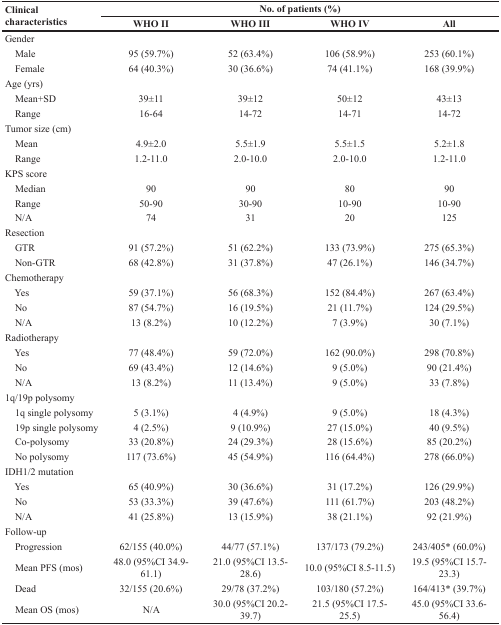
<table><thead><tr><td rowspan="2"><b>Clinical characteristics</b></td><td colspan="4"><b>No. of patients (%)</b></td></tr><tr><td><b>WHO II</b></td><td><b>WHO III</b></td><td><b>WHO IV</b></td><td><b>All</b></td></tr></thead><tbody><tr><td>Gender</td><td></td><td></td><td></td><td></td></tr><tr><td> Male</td><td>95 (59.7%)</td><td>52 (63.4%)</td><td>106 (58.9%)</td><td>253 (60.1%)</td></tr><tr><td> Female</td><td>64 (40.3%)</td><td>30 (36.6%)</td><td>74 (41.1%)</td><td>168 (39.9%)</td></tr><tr><td>Age (yrs)</td><td></td><td></td><td></td><td></td></tr><tr><td> Mean+SD</td><td>39±11</td><td>39±12</td><td>50±12</td><td>43±13</td></tr><tr><td> Range</td><td>16-64</td><td>14-72</td><td>14-71</td><td>14-72</td></tr><tr><td>Tumor size (cm)</td><td></td><td></td><td></td><td></td></tr><tr><td> Mean</td><td>4.9±2.0</td><td>5.5±1.9</td><td>5.5±1.5</td><td>5.2±1.8</td></tr><tr><td> Range</td><td>1.2-11.0</td><td>2.0-10.0</td><td>2.0-10.0</td><td>1.2-11.0</td></tr><tr><td>KPS score</td><td></td><td></td><td></td><td></td></tr><tr><td> Median</td><td>90</td><td>90</td><td>80</td><td>90</td></tr><tr><td> Range</td><td>50-90</td><td>30-90</td><td>10-90</td><td>10-90</td></tr><tr><td> N/A</td><td>74</td><td>31</td><td>20</td><td>125</td></tr><tr><td>Resection</td><td></td><td></td><td></td><td></td></tr><tr><td> GTR</td><td>91 (57.2%)</td><td>51 (62.2%)</td><td>133 (73.9%)</td><td>275 (65.3%)</td></tr><tr><td> Non-GTR</td><td>68 (42.8%)</td><td>31 (37.8%)</td><td>47 (26.1%)</td><td>146 (34.7%)</td></tr><tr><td>Chemotherapy</td><td></td><td></td><td></td><td></td></tr><tr><td> Yes</td><td>59 (37.1%)</td><td>56 (68.3%)</td><td>152 (84.4%)</td><td>267 (63.4%)</td></tr><tr><td> No</td><td>87 (54.7%)</td><td>16 (19.5%)</td><td>21 (11.7%)</td><td>124 (29.5%)</td></tr><tr><td> N/A</td><td>13 (8.2%)</td><td>10 (12.2%)</td><td>7 (3.9%)</td><td>30 (7.1%)</td></tr><tr><td>Radiotherapy</td><td></td><td></td><td></td><td></td></tr><tr><td> Yes</td><td>77 (48.4%)</td><td>59 (72.0%)</td><td>162 (90.0%)</td><td>298 (70.8%)</td></tr><tr><td> No</td><td>69 (43.4%)</td><td>12 (14.6%)</td><td>9 (5.0%)</td><td>90 (21.4%)</td></tr><tr><td> N/A</td><td>13 (8.2%)</td><td>11 (13.4%)</td><td>9 (5.0%)</td><td>33 (7.8%)</td></tr><tr><td>1q/19p polysomy</td><td></td><td></td><td></td><td></td></tr><tr><td> 1q single polysomy</td><td>5 (3.1%)</td><td>4 (4.9%)</td><td>9 (5.0%)</td><td>18 (4.3%)</td></tr><tr><td> 19p single polysomy</td><td>4 (2.5%)</td><td>9 (10.9%)</td><td>27 (15.0%)</td><td>40 (9.5%)</td></tr><tr><td> Co-polysomy</td><td>33 (20.8%)</td><td>24 (29.3%)</td><td>28 (15.6%)</td><td>85 (20.2%)</td></tr><tr><td> No polysomy</td><td>117 (73.6%)</td><td>45 (54.9%)</td><td>116 (64.4%)</td><td>278 (66.0%)</td></tr><tr><td>IDH1/2 mutation</td><td></td><td></td><td></td><td></td></tr><tr><td> Yes</td><td>65 (40.9%)</td><td>30 (36.6%)</td><td>31 (17.2%)</td><td>126 (29.9%)</td></tr><tr><td> No</td><td>53 (33.3%)</td><td>39 (47.6%)</td><td>111 (61.7%)</td><td>203 (48.2%)</td></tr><tr><td> N/A</td><td>41 (25.8%)</td><td>13 (15.9%)</td><td>38 (21.1%)</td><td>92 (21.9%)</td></tr><tr><td>Follow-up</td><td></td><td></td><td></td><td></td></tr><tr><td> Progression</td><td>62/155 (40.0%)</td><td>44/77 (57.1%)</td><td>137/173 (79.2%)</td><td>243/405* (60.0%)</td></tr><tr><td> Mean PFS (mos)</td><td>48.0 (95%CI 34.9-61.1)</td><td>21.0 (95%CI 13.5-28.6)</td><td>10.0 (95%CI 8.5-11.5)</td><td>19.5 (95%CI 15.7-23.3)</td></tr><tr><td> Dead</td><td>32/155 (20.6%)</td><td>29/78 (37.2%)</td><td>103/180 (57.2%)</td><td>164/413* (39.7%)</td></tr><tr><td> Mean OS (mos)</td><td>N/A</td><td>30.0 (95%CI 20.2-39.7)</td><td>21.5 (95%CI 17.5-25.5)</td><td>45.0 (95%CI 33.6-56.4)</td></tr></tbody></table>